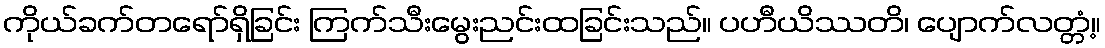
ကိုယ်ခက်တရော်ရှိခြင်း ကြက်သီးမွေးညင်းထခြင်းသည်။ ပဟီယိဿတိ၊ ပျောက်လတ္တံ့။